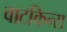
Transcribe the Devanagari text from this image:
वाटकिन्स